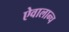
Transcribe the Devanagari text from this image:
ऐवालान्च